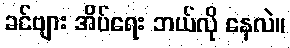
ခင်ဗျား အိပ်ရေး ဘယ်လို နေလဲ။